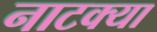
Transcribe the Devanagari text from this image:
नाटक्या